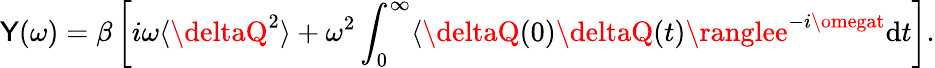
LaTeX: \mathsf{Y}(\omega)=\beta\left[i\omega\langle\deltaQ^{2}\rangle+\omega^{2}\int_{0}^{\infty}\langle\deltaQ(0)\deltaQ(t)\ranglee^{-i\omegat}\mathrm{{d}}t\right].